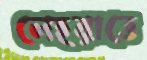
লেহরাতে